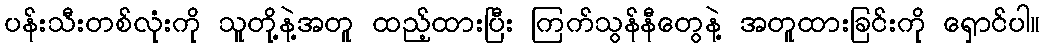
ပန်းသီးတစ်လုံးကို သူတို့နဲ့အတူ ထည့်ထားပြီး ကြက်သွန်နီတွေနဲ့ အတူထားခြင်းကို ရှောင်ပါ။